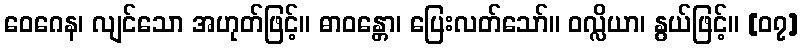
ဝေဂေန၊ လျင်သော အဟုတ်ဖြင့်။ ဓာဝန္တော၊ ပြေးလတ်သော်။ ဝလ္လိယာ၊ နွယ်ဖြင့်။ [၀၇]